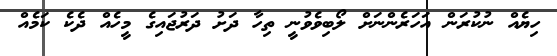
ހިޔެއް ނުކުރަން އަހަރެންނަށް ލޯބިވެވުނީ ތިހާ ދަށު ދަރުޖައިގެ މީހެއް ދެކެ ކަމެއް